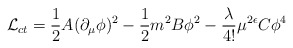
\begin{align*}{\cal L}_{ct} = {1\over 2} A (\partial_{\mu}\phi)^2 - {1\over 2} m^2 B \phi^2 - {\lambda\over 4!} \mu^{2\epsilon} C \phi^4\end{align*}